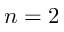
n = 2